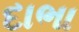
દાભા